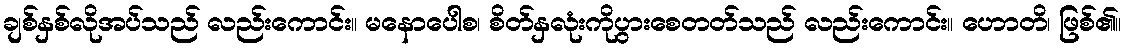
ချစ်နှစ်လိုအပ်သည် လည်းကောင်း။ မနောပေါစ၊ စိတ်နှလုံးကိုပွားစေတတ်သည် လည်းကောင်း။ ဟောတိ၊ ဖြစ်၏။